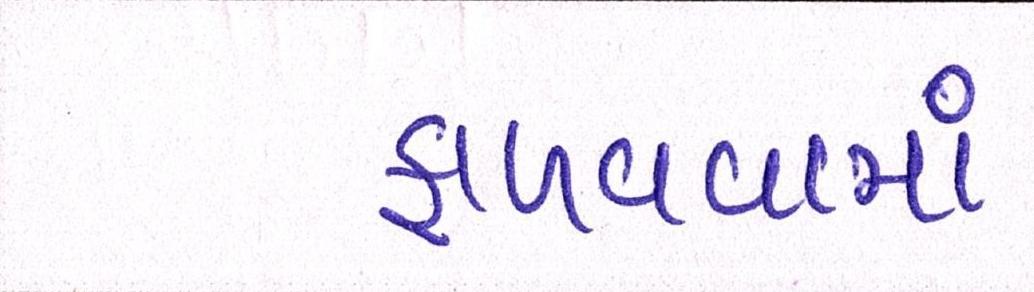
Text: ફાળવવામાં